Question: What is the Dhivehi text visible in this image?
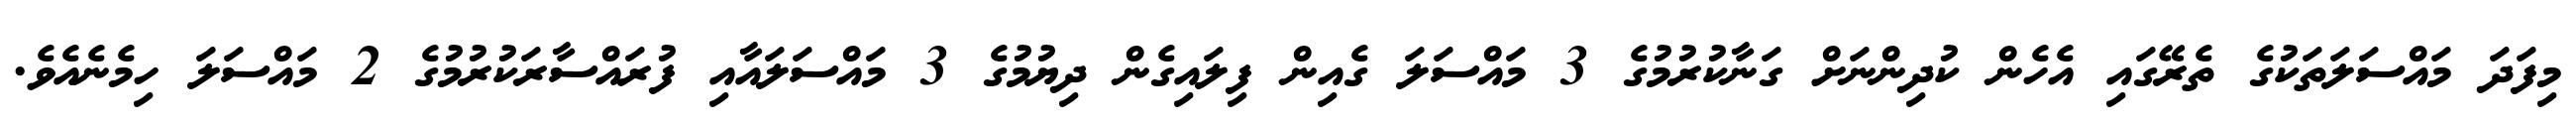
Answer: މިފަދަ މައްސަލަތަކުގެ ތެރޭގައި އެހެން ކުދިންނަށް ގަނާކުރުމުގެ 3 މައްސަލަ ގެއިން ފިލައިގެން ދިޔުމުގެ 3 މައްސަލައާއި ފުރައްސާރަކުރުމުގެ 2 މައްސަލަ ހިމެނެއެވެ.